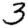
Digit: 3